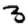
Digit: 3